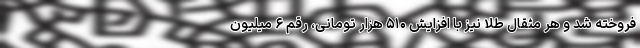
فروخته شد و هر مثقال طلا نیز با افزایش ۵۱۰ هزار تومانی، رقم ۶ میلیون